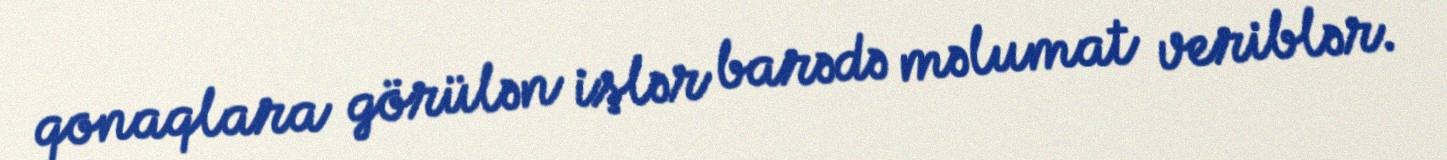
qonaqlara görülən işlər barədə məlumat veriblər.